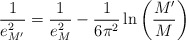
\begin{align*}\frac{1}{e_{M'}^{2}}=\frac{1}{e_{M}^{2}}-\frac{1}{6\pi^{2}}\ln\left(\frac{M'}{M}\right)\end{align*}